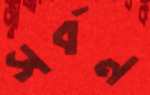
সর্বন